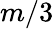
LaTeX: m/3